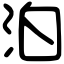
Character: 泊